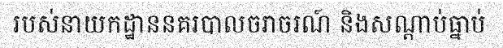
របស់នាយកដ្ឋាននគរបាលចរាចរណ៍ និងសណ្តាប់ធ្នាប់